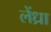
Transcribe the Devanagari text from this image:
लेंध्रा